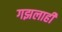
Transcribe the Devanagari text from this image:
गझलाही